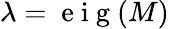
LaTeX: \lambda=\mathrm{~e~i~g~}(M)